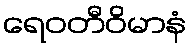
ရေဝတီဝိမာနံ